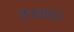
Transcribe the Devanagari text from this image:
नैनक्वान